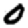
Digit: 0